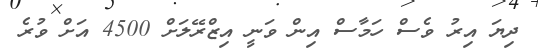
ދިޔަ އިރު ވެސް ހަމާސް އިން ވަނީ އިޒްރޭލަށް 4500 އަށް ވުރެ